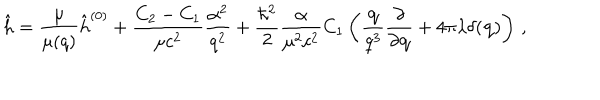
\hat { h } = \frac { \mu } { \mu ( q ) } \hat { h } ^ { ( 0 ) } + \frac { C _ { 2 } - C _ { 1 } } { \mu c ^ { 2 } } \frac { \alpha ^ { 2 } } { q ^ { 2 } } + \frac { \hbar ^ { 2 } } { 2 } \frac { \alpha } { \mu ^ { 2 } c ^ { 2 } } C _ { 1 } \left( \frac { { \bf q } } { q ^ { 3 } } \frac { \partial } { \partial { \bf q } } + 4 \pi \lambda \delta ( { \bf q } ) \right) \, ,